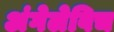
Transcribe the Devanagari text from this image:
अंगेलेविच